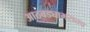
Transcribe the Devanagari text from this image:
आठवड्याभरातच